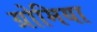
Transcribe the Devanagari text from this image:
ग्रोमिया